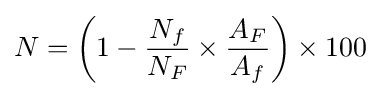
N=\left(1-{\frac {N_{f}}{N_{F}}}\times {\frac {A_{F}}{A_{f}}}\right)\times 100